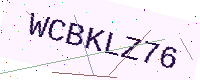
Text: WCBKLZ76